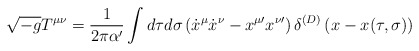
\begin{align*}\sqrt {-g} T^{\mu\nu} = \frac{1}{2\pi\alpha^{\prime}}\int d\tau d\sigma \left ( {\dot x}^{\mu}{\dot x}^{\nu}- x^{\mu\prime}x^{\nu \prime} \right ) \delta^{(D)} \left ( x - x(\tau, \sigma)\right )\end{align*}